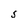
Character: S